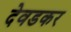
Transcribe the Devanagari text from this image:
देवडकर